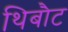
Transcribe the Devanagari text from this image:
थिबौट